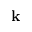
\mathbf { k }